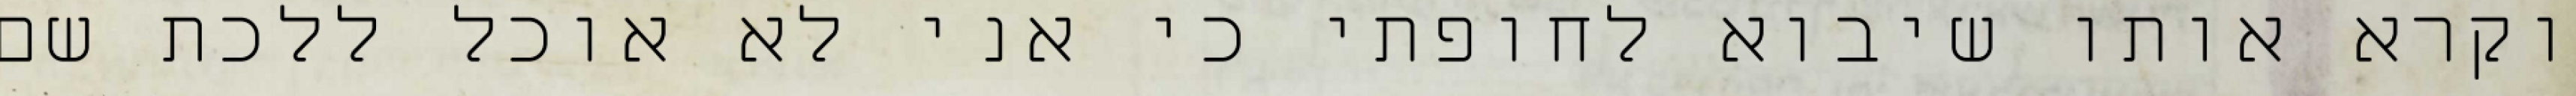
וקרא אותו שיבוא לחופתי כי אני לא אוכל ללכת שם